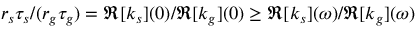
r _ { s } \tau _ { s } / ( r _ { g } \tau _ { g } ) = \Re [ k _ { s } ] ( 0 ) / \Re [ k _ { g } ] ( 0 ) \ge \Re [ k _ { s } ] ( \omega ) / \Re [ k _ { g } ] ( \omega )